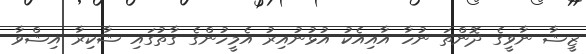
ޒީޝާ ނާވީގެ ދޮންތަ ނުހާ އާއިއެކު އުޅުނުއިރު އެމީހުންގެ ގާތުގައި ޝާކިރާ އިޝްވާ